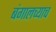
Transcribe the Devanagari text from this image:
बंगालच्याच